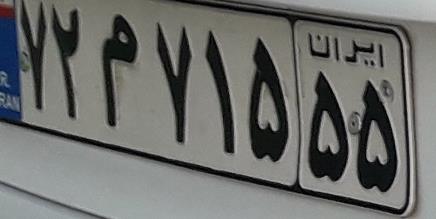
۷۲م۷۱۵۵۵